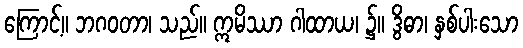
ကြောင့်။ ဘဂဝတာ၊ သည်။ ဣမိဿာ ဂါထာယ၊ ၌။ ဒွိဓာ၊ နှစ်ပါးသော